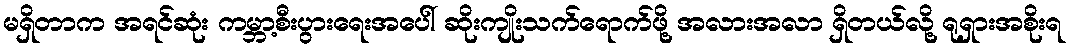
မရှိတာက အရင်ဆုံး ကမ္ဘာ့စီးပွားရေးအပေါ် ဆိုးကျိုးသက်ရောက်ဖို့ အလားအလာ ရှိတယ်လို့ ရုရှားအစိုးရ